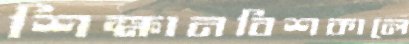
শিক্ষানবিশকালে